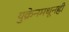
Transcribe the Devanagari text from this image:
युक्रेनमधूनही